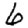
Digit: 6